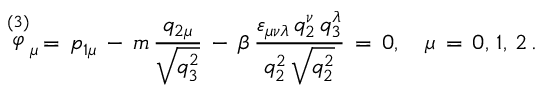
\stackrel { ( 3 ) } { \varphi } _ { \mu } \, = \, p _ { 1 \mu } \, - \, m \, \frac { q _ { 2 \mu } } { \sqrt { q _ { 3 } ^ { 2 } } } \, - \, \beta \, \frac { \varepsilon _ { \mu \nu \lambda } \, q _ { 2 } ^ { \nu } \, q _ { 3 } ^ { \lambda } } { q _ { 2 } ^ { 2 } \, \sqrt { q _ { 2 } ^ { 2 } } } \, = \, 0 , \quad \mu \, = \, 0 , \, 1 , \, 2 \, { . }